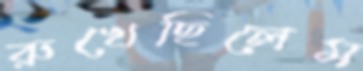
রুখেছিলেম